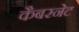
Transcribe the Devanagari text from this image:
कैबरनेट